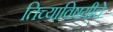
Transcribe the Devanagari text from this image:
तिच्याविषयीचे